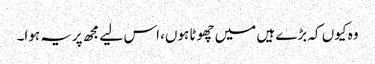
وہ کیوں کہ بڑے ہیں میں چھوٹا ہوں، اس لیے مجھ پریہ ہوا۔